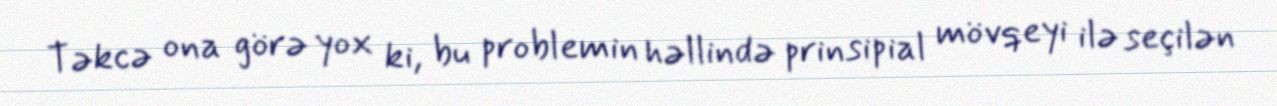
Təkcə ona görə yox ki, bu problemin həllində prinsipial mövqeyi ilə seçilən